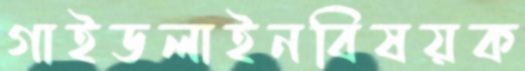
গাইডলাইনবিষয়ক